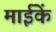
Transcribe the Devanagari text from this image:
माईकें